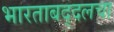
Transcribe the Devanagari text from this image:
भारताबद्दलचा